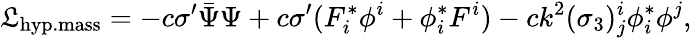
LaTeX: {\cal\mathfrak{L}}_{\mathrm{{hyp.mass}}}=-c\sigma^{\prime}\bar{{\Psi}}\Psi+c\sigma^{\prime}(F_{i}^{*}\phi^{i}+\phi_{i}^{*}F^{i})-ck^{2}(\sigma_{3})_{j}^{i}\phi_{i}^{*}\phi^{j},